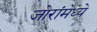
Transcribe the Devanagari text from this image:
जोरांमध्ये